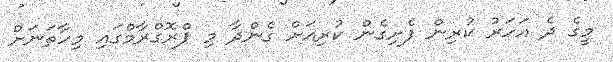
މީގެ ދެ އަހަރު ކުރިން ފެށިގެން ކުރިއަށް ގެންދާ މި ޕްރޮގްރާމްގައި މިހާތަނަށް